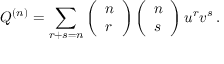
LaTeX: Q ^ { ( n ) } = \sum _ { r + s = n } \left( \begin{array} { l } { { n } } \\ { { r } } \end{array} \right) \left( \begin{array} { l } { { n } } \\ { { s } } \end{array} \right) u ^ { r } v ^ { s } \, .